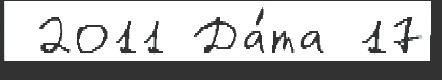
 2011 Да́та 17